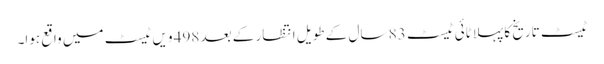
ٹیسٹ تاریخ کا پہلا ٹائی ٹیسٹ 83 سال کے طویل انتظار کے بعد 498 ویں ٹیسٹ میں واقع ہوا۔